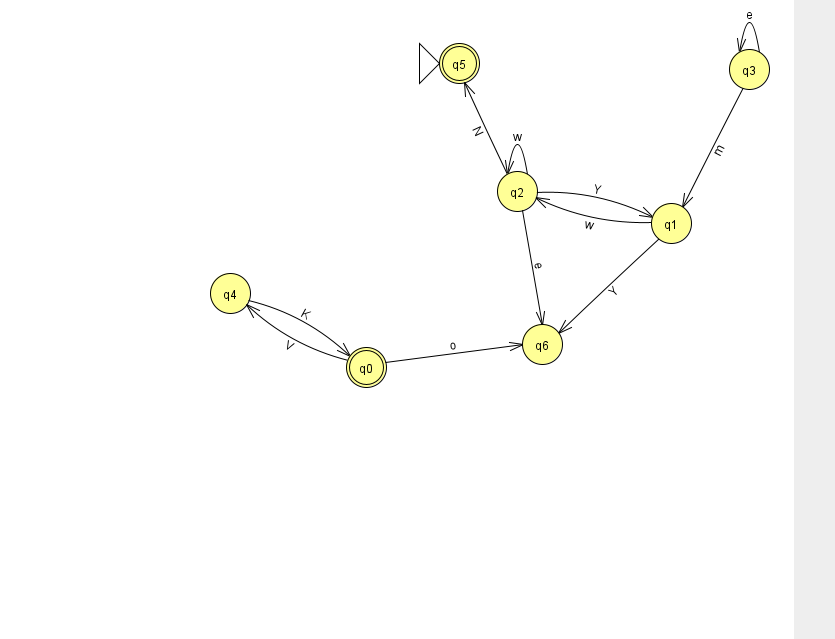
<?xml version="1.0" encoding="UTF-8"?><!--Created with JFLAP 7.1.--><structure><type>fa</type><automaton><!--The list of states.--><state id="0" name="q0"><x>366.0</x><y>354.0</y><final/></state><state id="1" name="q1"><x>671.0</x><y>210.0</y></state><state id="2" name="q2"><x>517.0</x><y>178.0</y></state><state id="3" name="q3"><x>749.0</x><y>56.0</y></state><state id="4" name="q4"><x>230.0</x><y>280.0</y></state><state id="5" name="q5"><x>459.0</x><y>50.0</y><initial/><final/></state><state id="6" name="q6"><x>542.0</x><y>331.0</y></state><!--The list of transitions.--><transition><from>0</from><to>6</to><read>o</read></transition><transition><from>0</from><to>4</to><read>V</read></transition><transition><from>3</from><to>1</to><read>m</read></transition><transition><from>3</from><to>3</to><read>e</read></transition><transition><from>2</from><to>1</to><read>Y</read></transition><transition><from>2</from><to>2</to><read>w</read></transition><transition><from>1</from><to>2</to><read>w</read></transition><transition><from>1</from><to>6</to><read>Y</read></transition><transition><from>2</from><to>5</to><read>N</read></transition><transition><from>2</from><to>6</to><read>e</read></transition><transition><from>4</from><to>0</to><read>K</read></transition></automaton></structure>